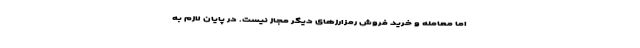
اما معامله و خرید فروش رمزارزهای دیگر مجاز نیست. در پایان لازم به